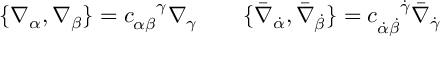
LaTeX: \{ \nabla _ { \alpha } , \nabla _ { \beta } \} = c _ { \alpha \beta } ^ { \enspace \enspace \gamma } \nabla _ { \gamma } \qquad \{ \bar { \nabla } _ { \dot { \alpha } } , \bar { \nabla } _ { \dot { \beta } } \} = c _ { \dot { \alpha } \dot { \beta } } ^ { \enspace \enspace \dot { \gamma } } \bar { \nabla } _ { \dot { \gamma } }